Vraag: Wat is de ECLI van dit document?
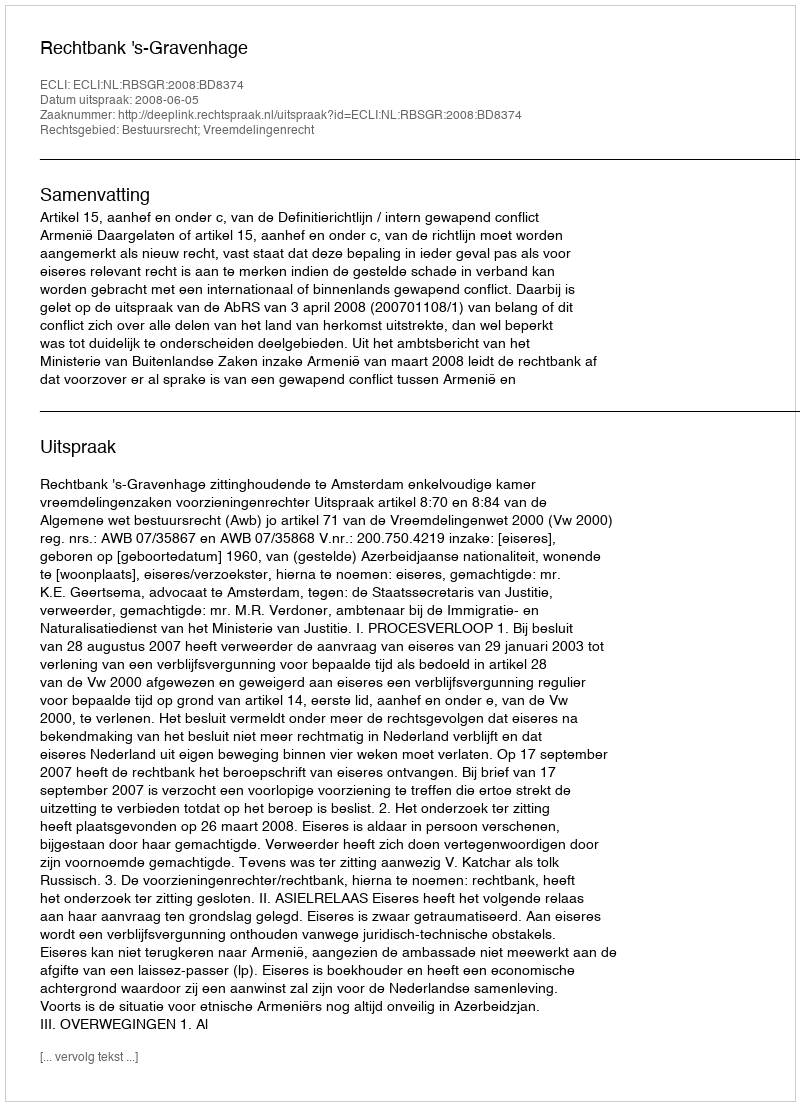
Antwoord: ECLI:NL:RBSGR:2008:BD8374